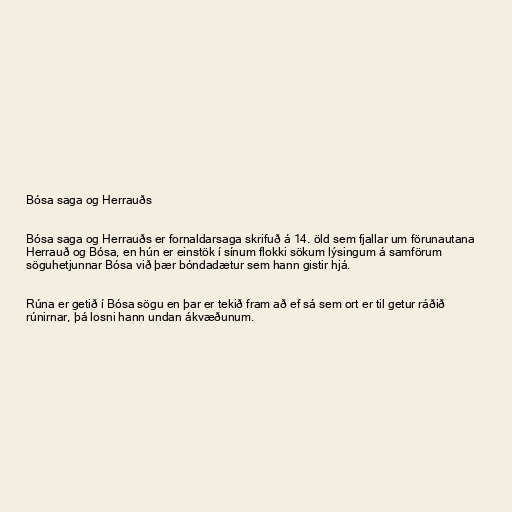
Bósa saga og Herrauðs

Bósa saga og Herrauðs er fornaldarsaga skrifuð á 14. öld sem fjallar um förunautana
Herrauð og Bósa, en hún er einstök í sínum flokki sökum lýsingum á samförum
söguhetjunnar Bósa við þær bóndadætur sem hann gistir hjá.

Rúna er getið í Bósa sögu en þar er tekið fram að ef sá sem ort er til getur ráðið
rúnirnar, þá losni hann undan ákvæðunum.